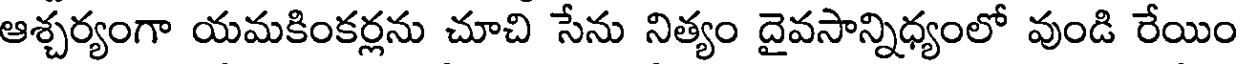
ఆశ్చర్యంగా యమకింకర్లను చూచి సేను నిత్యం దైవసాన్నిధ్యంలో వుండి రేయిం